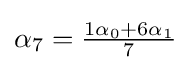
{\textstyle \alpha _{7}={{1\alpha _{0}+6\alpha _{1}} \over 7}}